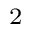
^ { 2 }